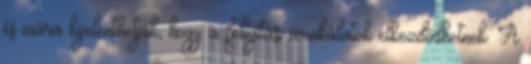
és mára kijelenthetjük, hogy a felújítási munkálatok elkezdődhetnek. A